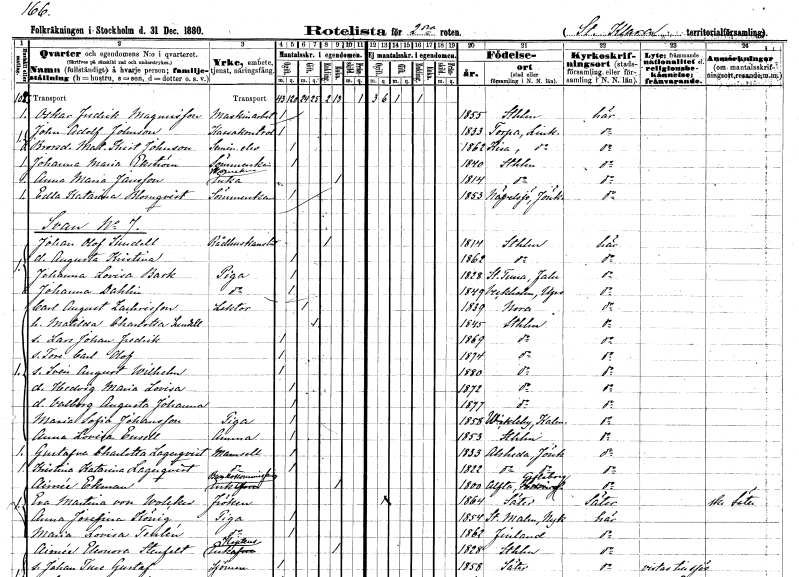
gt_parse: households: individuals: FN: Oskar Fredrik
EN: Magnusson
YRKE: Maskinarbetare
KON: M
CIV: O
FODAR: 1855
FODFORS: Stockholm
FN: John Adolf
EN: Johnson
YRKE: Kassakontrollant
KON: M
CIV: O
FODAR: 1833
FODFORS: Torpa Östergötlands län
FN: Matilda Kristina
EN: Johnson
YRKE: Seminarielev
KON: K
CIV: O
FODAR: 1862
FODFORS: Kisa Östergötlands län
FN: Johanna Maria
EN: Ekström
YRKE: Sömmerska
KON: K
CIV: O
FODAR: 1840
FODFORS: Stockholm
FN: Anna Maria
EN: Jansson
YRKE: Skomakareänka
KON: K
CIV: E
FODAR: 1814
FODFORS: Stockholm
FN: Edla Katarina
EN: Blomqvist
YRKE: Sömmerska
KON: K
CIV: O
FODAR: 1853
FODFORS: Nävelsjö Jönköpings län
FN: Johan Olof
EN: Sundell
YRKE: Rådhuskanslist
KON: M
CIV: E
FODAR: 1814
FODFORS: Stockholm
FN: Augusta Kristina
KON: K
CIV: O
FODAR: 1862
FODFORS: Stockholm
FN: Johanna Lovisa
EN: Bark
YRKE: Piga
KON: K
CIV: O
FODAR: 1828
FODFORS: Stora Tuna Kopparbergs län
FN: Johanna
EN: Dahlin
YRKE: Piga
KON: K
CIV: O
FODAR: 1849
FODFORS: Veckholm Uppsala län
FN: Carl August
EN: Zachrisson
YRKE: Lektor
KON: M
CIV: G
FODAR: 1839
FODFORS: Nora Örebro län
FN: Matilda Charlotta
EN: Sundell
KON: K
CIV: G
FODAR: 1845
FODFORS: Stockholm
FN: Lars Johan Fredrik
KON: M
CIV: O
FODAR: 1869
FODFORS: Stockholm
FN: Tore Carl Olof
KON: M
CIV: O
FODAR: 1874
FODFORS: Stockholm
FN: Sven August Wilhelm
KON: M
CIV: O
FODAR: 1880
FODFORS: Stockholm
FN: Hedvig Maria Lovisa
KON: K
CIV: O
FODAR: 1872
FODFORS: Stockholm
FN: Valborg Augusta Johanna
KON: K
CIV: O
FODAR: 1877
FODFORS: Stockholm
FN: Maria Sofia
EN: Johansson
YRKE: Piga
KON: K
CIV: O
FODAR: 1858
FODFORS: Vickleby Kalmar län
FN: Anna Lovisa
EN: Ensell
YRKE: Amma
KON: K
CIV: O
FODAR: 1853
FODFORS: Stockholm
FN: Gustafva Charlotta
EN: Lagerqvist
KON: K
CIV: O
FODAR: 1833
FODFORS: Alseda Jönköpings län
FN: Kristina Katarina
EN: Lagerqvist
KON: K
CIV: O
FODAR: 1822
FODFORS: Alseda Jönköpings län
FN: Aimée
EN: Ekman
YRKE: Bankkomissionärsänka
KON: K
CIV: E
FODAR: 1800
FODFORS: Alfta Gävleborgs län
FN: Eva Martina
EN: von Wolcker
KON: K
CIV: O
FODAR: 1864
FODFORS: Säter Kopparbergs län
FN: Anna Josefina
EN: König
YRKE: Piga
KON: K
CIV: O
FODAR: 1854
FODFORS: Stora Malm Södermanlands län
FN: Maria Lovisa
EN: Tenlén
YRKE: Piga
KON: K
CIV: O
FODAR: 1862